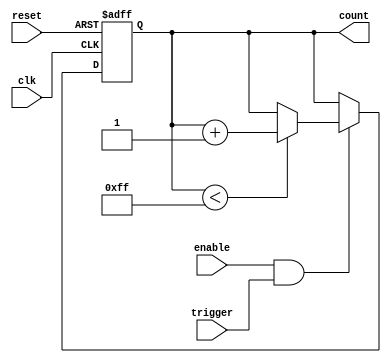
module EventTriggeredCounter (
    input wire clk,              // Clock signal
    input wire reset,            // Asynchronous reset signal
    input wire trigger,          // Event trigger signal
    input wire enable,           // Enable/disable counting
    output reg [7:0] count       // 8-bit output for the current count
);

    // Define the maximum count value
    parameter MAX_COUNT = 8'hFF; // 255 for an 8-bit counter

    // Asynchronous Reset and Counting Logic
    always @(posedge clk or posedge reset) begin
        if (reset) begin
            count <= 8'b0; // Reset count to 0
        end else if (enable && trigger) begin
            // Increment the count on the condition of the trigger
            if (count < MAX_COUNT) begin
                count <= count + 1'b1; // Increment count
            end
            // If the maximum count is reached, it can wrap around if defined
            // Uncomment the line below to enable wrap around behaviour
            // else begin
            //     count <= 8'b0; // Wrap around to 0
            // end
        end
    end

endmodule